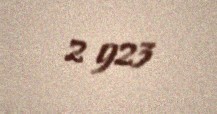
2 923